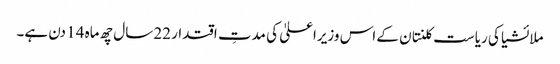
ملائشیا کی ریاست کلنتان کے اس وزیراعلیٰ کی مدتِ اقتدار 22 سال چھ ماہ 14 دن ہے۔